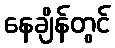
နေချိန်တွင်